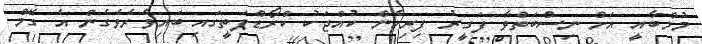
މުމްބާއީ އަށް ނިސްބަތްވާ ފަގީރު ފިރިހެން ކުއްޖަކު ކްރޯޑްޕަތީގައި ބައިވެރެވެގެން އެ ގޭމް